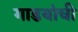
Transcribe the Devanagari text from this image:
गाडयांची